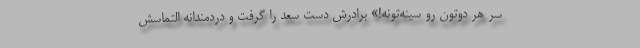
سر هر دوتون رو سینه‌تونه!» برادرش دست سعد را گرفت و دردمندانه التماسش